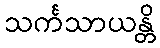
သင်္ကသာယန္တိ